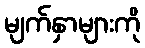
မျက်နှာများကို